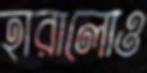
হারালোও